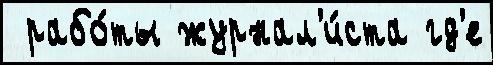
 рабо́ты журнал'и́ста гд'е